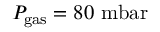
P _ { \mathrm { g a s } } = 8 0 ~ \mathrm { m b a r }